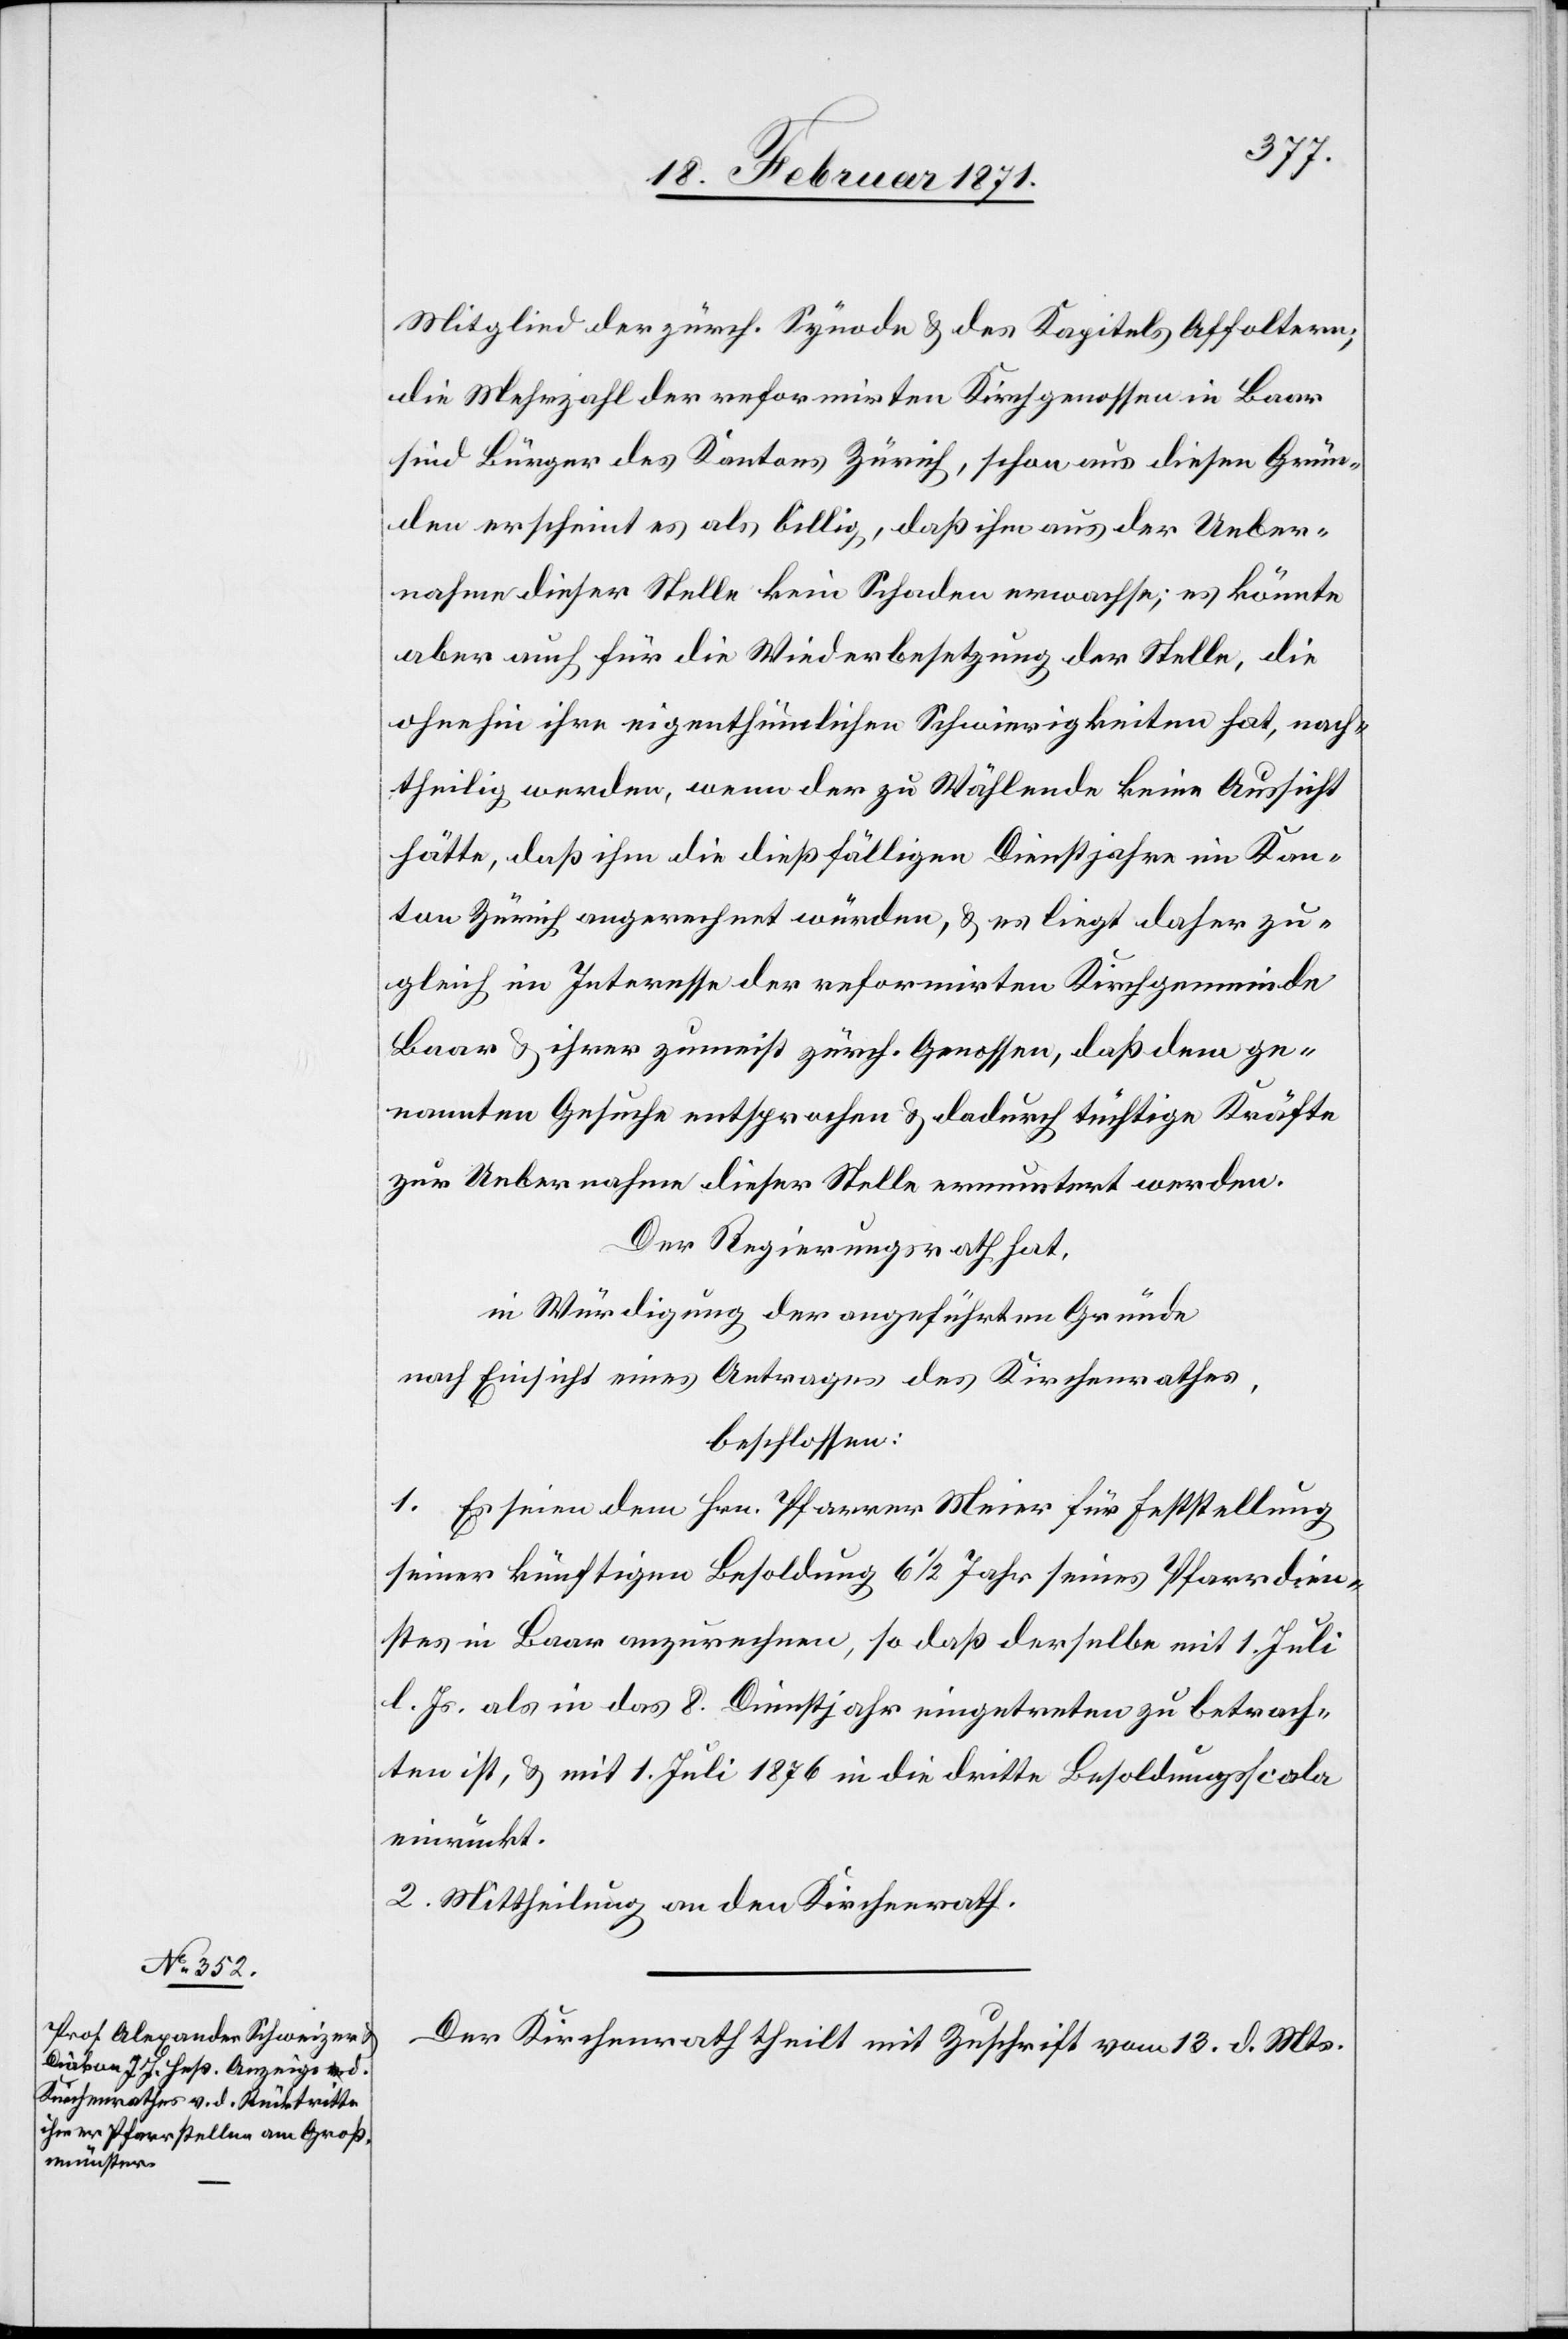
Mitglied der zürch. Synode u. des Kapitels Affoltern;
die Mehrzahl der reformirten Kirchgenossen in Baar
sind Bürger des Kantons Zürich, schon aus diesen Grün¬
den erscheint es als billig, daß ihm aus der Ueber¬
nahme dieser Stelle kein Schaden erwachse; es könnte
aber auch für die Wiederbesetzung der Stelle, die
ohnehin ihre eigenthümlichen Schwierigkeiten hat, nach¬
theilig werden, wenn der zu Wählende keine Aussicht
hätte, daß ihm die dießfälligen Dienstjahre im Kan¬
ton Zürich angerechnet würden, u. es liegt daher zu¬
gleich im Interesse der reformierten Kirchgemeinde
Baar u. ihrer zumeist zürch. Genossen, daß dem ge¬
nannten Gesuche entsprochen u. dadurch tüchtige Kräfte
zur Uebernahme dieser Stelle ermuntert werden.
Der Regierungsrath hat,
in Würdigung der angeführten Gründe
nach Einsicht eines Antrages des Kirchenrathes,
beschlossen:
1. Es seien dem Hrn. Pfarrer Meier für Feststellung
seiner künftigen Besoldung 6 ½ Jahre seines Pfarrdien¬
stes in Baar anzurechnen, so daß derselbe mit 1. Juli
l. Js. als in das 8. Dienstjahr eingetreten zu betrach¬
ten ist, u. mit 1. Juli 1876 in die dritte Besoldungsscala
einrückt.
2. Mittheilung an den Kirchenrath.
Der Kirchenrath theilt mit Zuschrift vom 13. d. Mts.